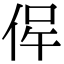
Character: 𠉖